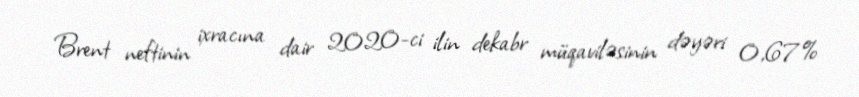
Brent neftinin ixracına dair 2020-ci ilin dekabr müqaviləsinin dəyəri 0,67%